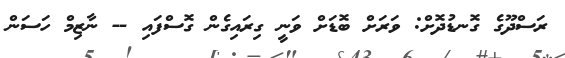
ރަސްދޫގެ ގޮނޑުދޮށް: ވަރަށް ބޮޑަށް ވަނީ ގިރައިގެން ގޮސްފައި -- ނާޒިމް ހަސަން